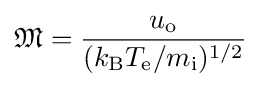
{\mathfrak {M}}={\frac {u_{\mathrm {o} }}{(k_{\mathrm {B} }T_{\mathrm {e} }/m_{\mathrm {i} })^{1/2}}}